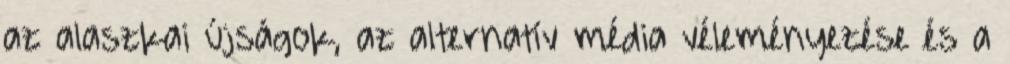
az alaszkai újságok, az alternatív média véleményezése és a